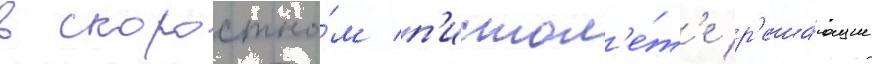
В скоростно́м п'истол'е́т'е р'еша́ющие